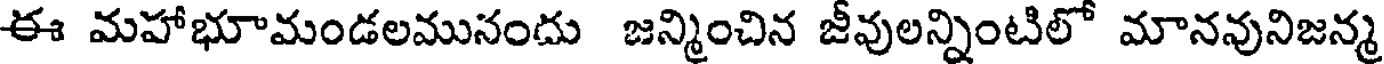
ఈ మహాభూమండలమునందు జన్మించిన జీవులన్నింటిలో మానవునిజన్మ